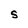
Character: S